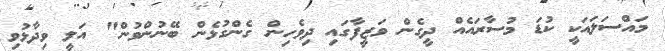
މައްސަލައަކީ ކުޑަ މުސާރައެއް ދީގެން ވަޒީފާގައި ދިވެހިން ގެންގުޅެން ބޭނުންވުން" އަލީ ވިދާޅުވި